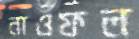
নাওফল